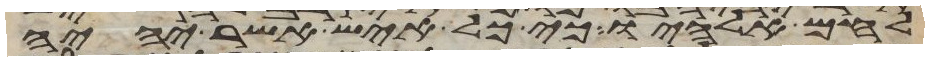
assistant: לחם אלהיו כי כל איש אשר יהיה